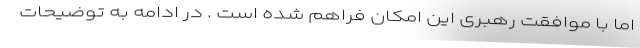
اما با موافقت رهبری این امکان فراهم شده است . در ادامه به توضیحات